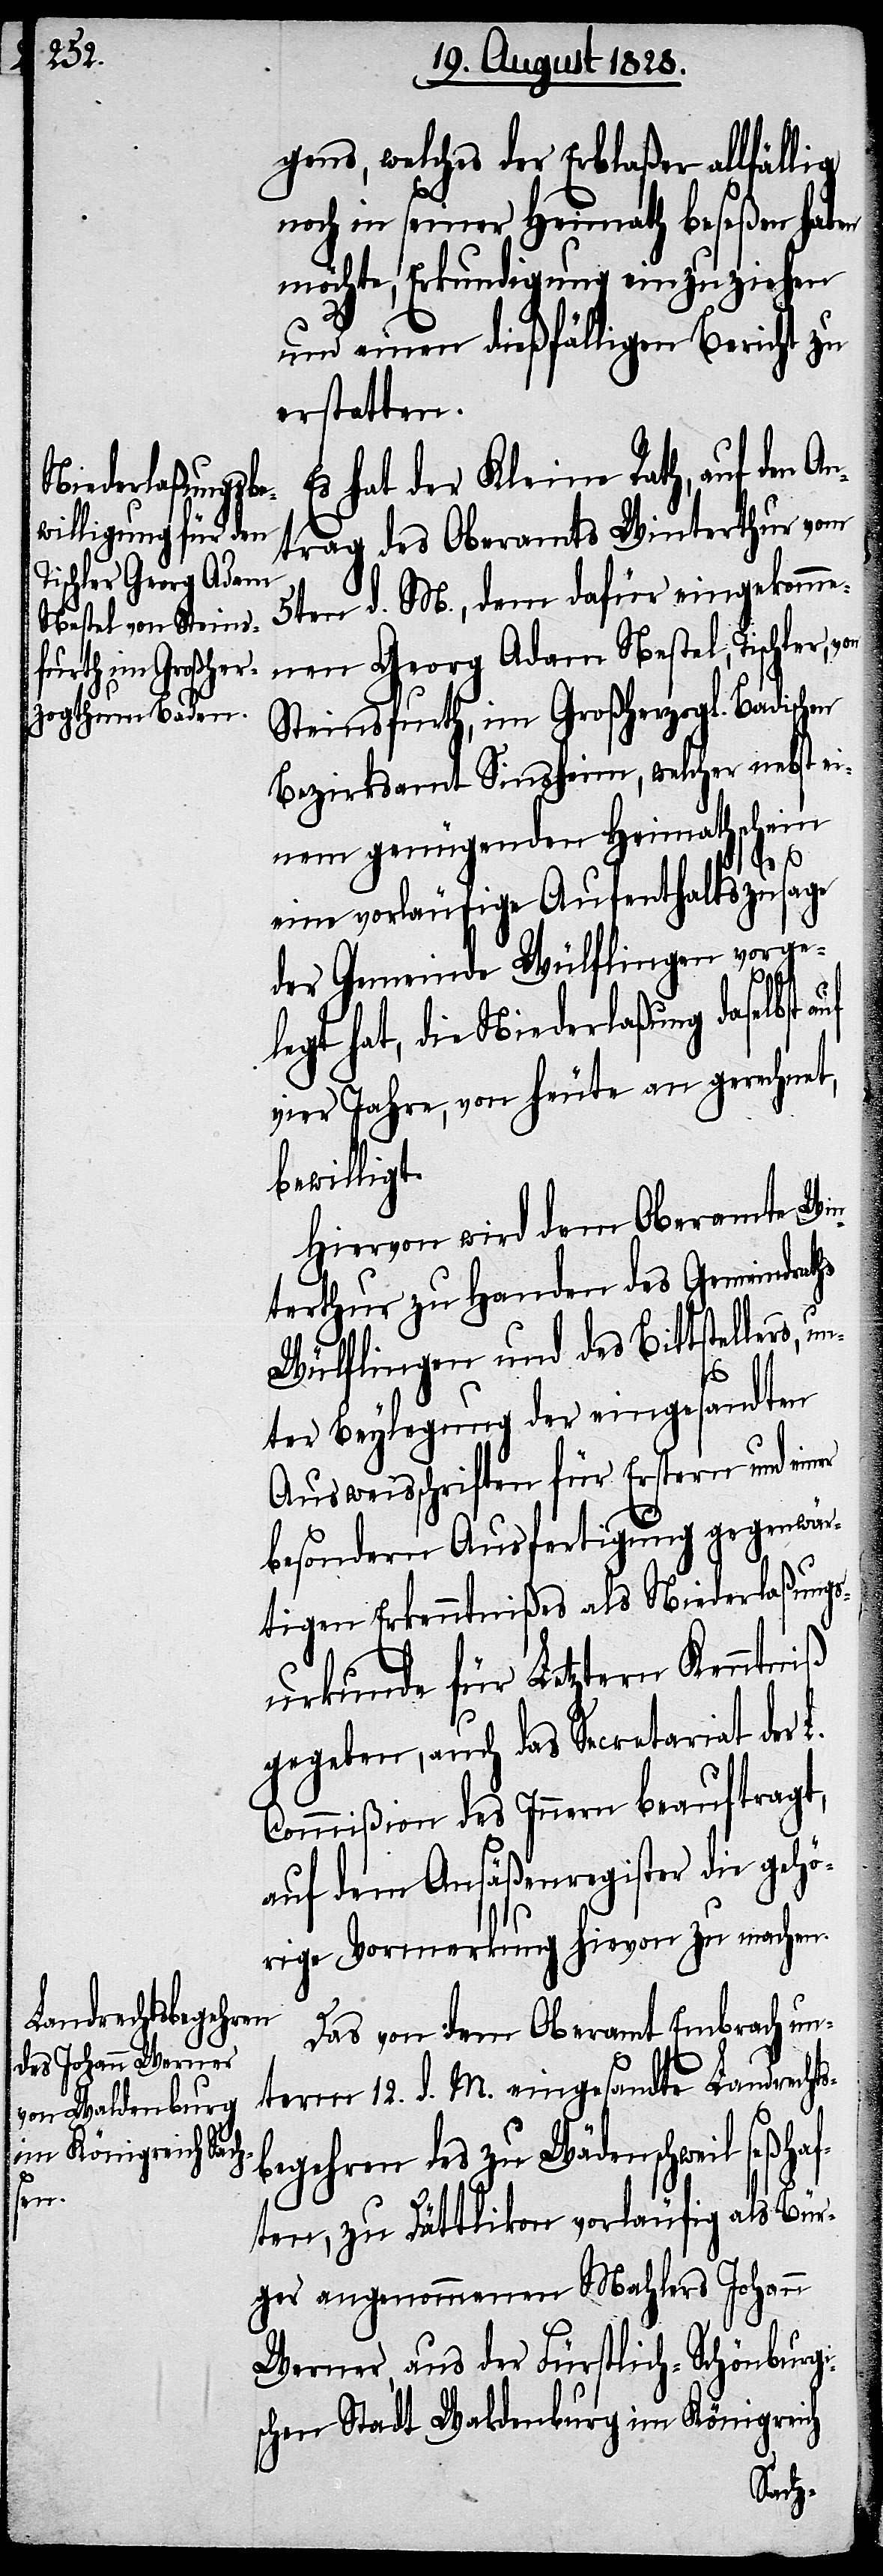
er
gens, welche der Erblaßer allfällig
noch in seiner Heimath beseßen haben
möchte, Erkundigung einzuziehen
und einen dießfälligen Bericht zu
erstatten.
Es hat der Keine Rath, auf den A¬
ntrag des Oberamts Winterthur vom
5ten d. M., dem dafür eingekomme¬
nen Georg Adam Nestel, Tischler,
Steinsfurth, im Großherzogl. Badischen
Bezirksamt Sinsheim, welcher nebst e¬
inem genügenden Heimathschein
eine vorläufige Aufenthaltszusage
der Gemeinde Wülflingen vorge¬
legt hat, die Niederlaßung daselbst
vier Jahre, von heute an gerechnet,
bewilligt.
Hiervon wird dem Oberamte Win¬
terthur zu Handen des Gemeindraths
Wülflingen und des Bittstellers,
ter Beylegung der eingesandten
Ausweisschriften für Erstern und ein¬
besondern Ausfertigung gegenwär¬
tigen Erkenntnißes als Niederlaßungs¬
urkunde für Letztern Kenntniß
gegeben, auch das Secretariat der L.
Commißion des Innern beauftragt,
auf dem Ansäßenregister die gehö¬
rige Vormerkung hievon zu machen.
Das von dem Oberamt Embrach un¬
term 12. d. M. eingesandte Landrechts¬
begehren des zu Wädenschweil seßha¬
ften, zu Dättlikon vorläufig als Bür¬
ger angenommenen Mahlers Johann
Werner, aus der Fürstlich-Schönburgi¬
schen Stadt Waldenburg in Königreich